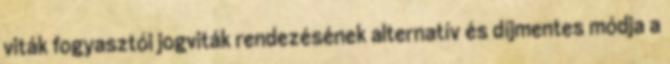
viták fogyasztói jogviták rendezésének alternatív és díjmentes módja a